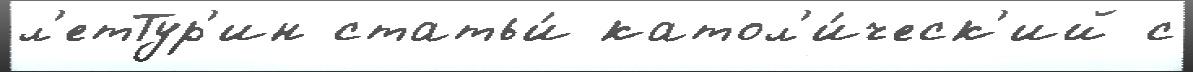
л'етТур'ин статьи́ катол'и́ческ'ий с